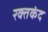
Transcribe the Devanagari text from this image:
रक्तकंद